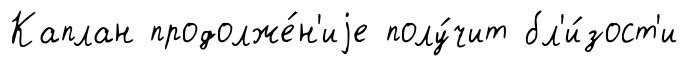
Каплан продолже́н'иjе полу́чит бл'и́зост'и